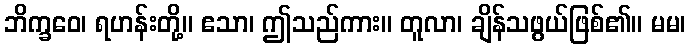
ဘိက္ခဝေ၊ ရဟန်းတို့။ ဧသာ၊ ဤသည်ကား။ တူလာ၊ ချိန်သဖွယ်ဖြစ်၏။ မမ၊